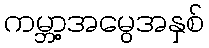
ကမ္ဘာ့အမွေအနှစ်